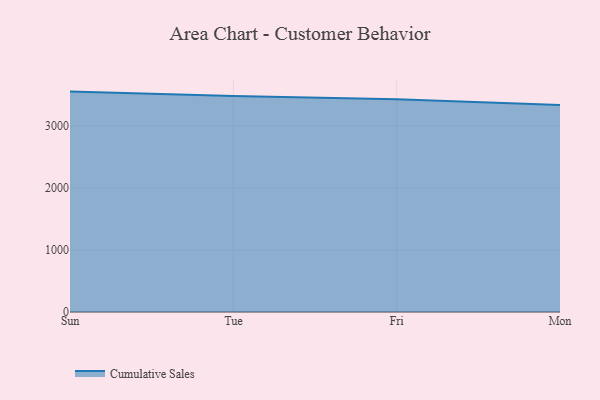
{"axis": {"x": "Day", "y": "Operating Costs (USD K)"}, "legend": ["Cumulative Sales"], "data": [{"x": "Sun", "y": 3554.4, "type": "Cumulative Sales"}, {"x": "Tue", "y": 3482.2, "type": "Cumulative Sales"}, {"x": "Fri", "y": 3431.5, "type": "Cumulative Sales"}, {"x": "Mon", "y": 3340.2, "type": "Cumulative Sales"}]}